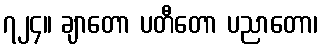
၇၂၄။ ချာတော ပတီတော ပညာတော၊